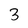
Character: 3